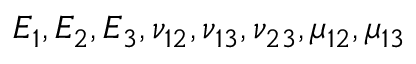
E _ { 1 } , E _ { 2 } , E _ { 3 } , \nu _ { 1 2 } , \nu _ { 1 3 } , \nu _ { 2 3 } , \mu _ { 1 2 } , \mu _ { 1 3 }